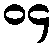
၀၄